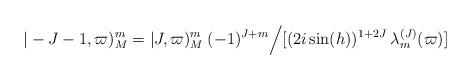
LaTeX: \begin{align*}\vert -J-1,\varpi)_M^m= \vert J,\varpi)_M^m\>(-1)^{J+m}\Bigl /[(2i\sin (h))^{1+2J}\>\lambda_m^{(J)}(\varpi)]\end{align*}